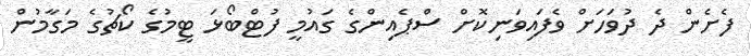
ފެށެން ދެ ދުވަހަށް ވެފައިވަނިކޮށް ސްޕެއިންގެ ގައުމީ ފުޓްބޯޅަ ޓީމުގެ ކޯޗުގެ މަގާމުން